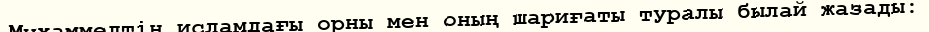
Мұхаммедтің исламдағы орны мен оның шариғаты туралы былай жазады: